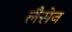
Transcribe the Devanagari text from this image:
लैसेन